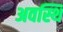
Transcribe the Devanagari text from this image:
अवस्थि